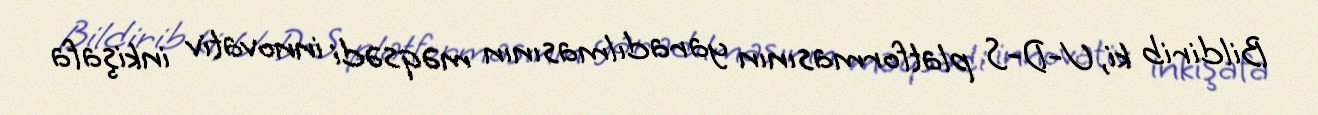
Bildirib ki, U-D-S platformasının yaradılmasının məqsədi innovativ inkişafa